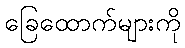
ခြေထောက်များကို